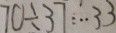
7 0 \div 3 7 : \cdot 3 3